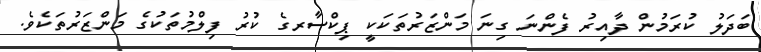
ބަދަލު ކުރަމުން ދާއިރު ފެންނަ ގިނަ މަންޒަރުތަކަކީ ޕިކްސާރގެ ކުރު ފިލްމުތަކުގެ މަންޒަރުތަކެވެ.